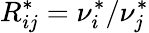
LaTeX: R_{ij}^{*}=\nu_{i}^{*}/\nu_{j}^{*}